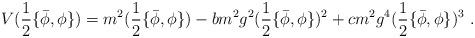
LaTeX: \begin{align*}V(\frac 12\{\bar{\phi},\phi\})=m^2(\frac 12\{\bar{\phi},\phi\}) -bm^2g^2(\frac 12\{\bar{\phi},\phi\})^2+cm^2g^4(\frac 12\{\bar{\phi},\phi\})^3\ . \end{align*}